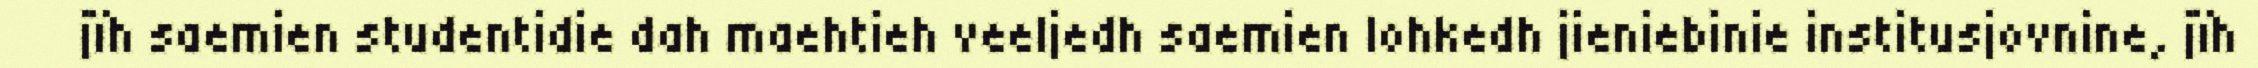
jïh saemien studentidie dah maehtieh veeljedh saemien lohkedh jieniebinie institusjovnine, jïh